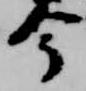
今